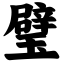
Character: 璧